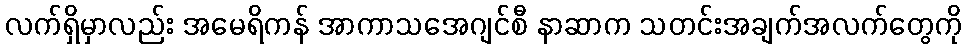
လက်ရှိမှာလည်း အမေရိကန် အာကာသအေဂျင်စီ နာဆာက သတင်းအချက်အလက်တွေကို